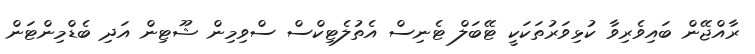
ރާއްޖޭން ބައިވެރިވާ ކުޅިވަރުތަކަކީ ޓޭބަލް ޓެނިސް އެތުލެޓިކްސް ސްވިމިން ޝޫޓިން އަދި ބެޑްމިންޓަން